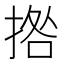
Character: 𭡗